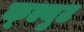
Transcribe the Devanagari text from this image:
क्ल्युट